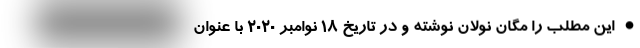
• این مطلب را مگان نولان نوشته و در تاریخ ۱۸ نوامبر ۲۰۲۰ با عنوان